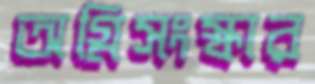
অগ্নিসংস্কার